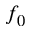
f _ { 0 }